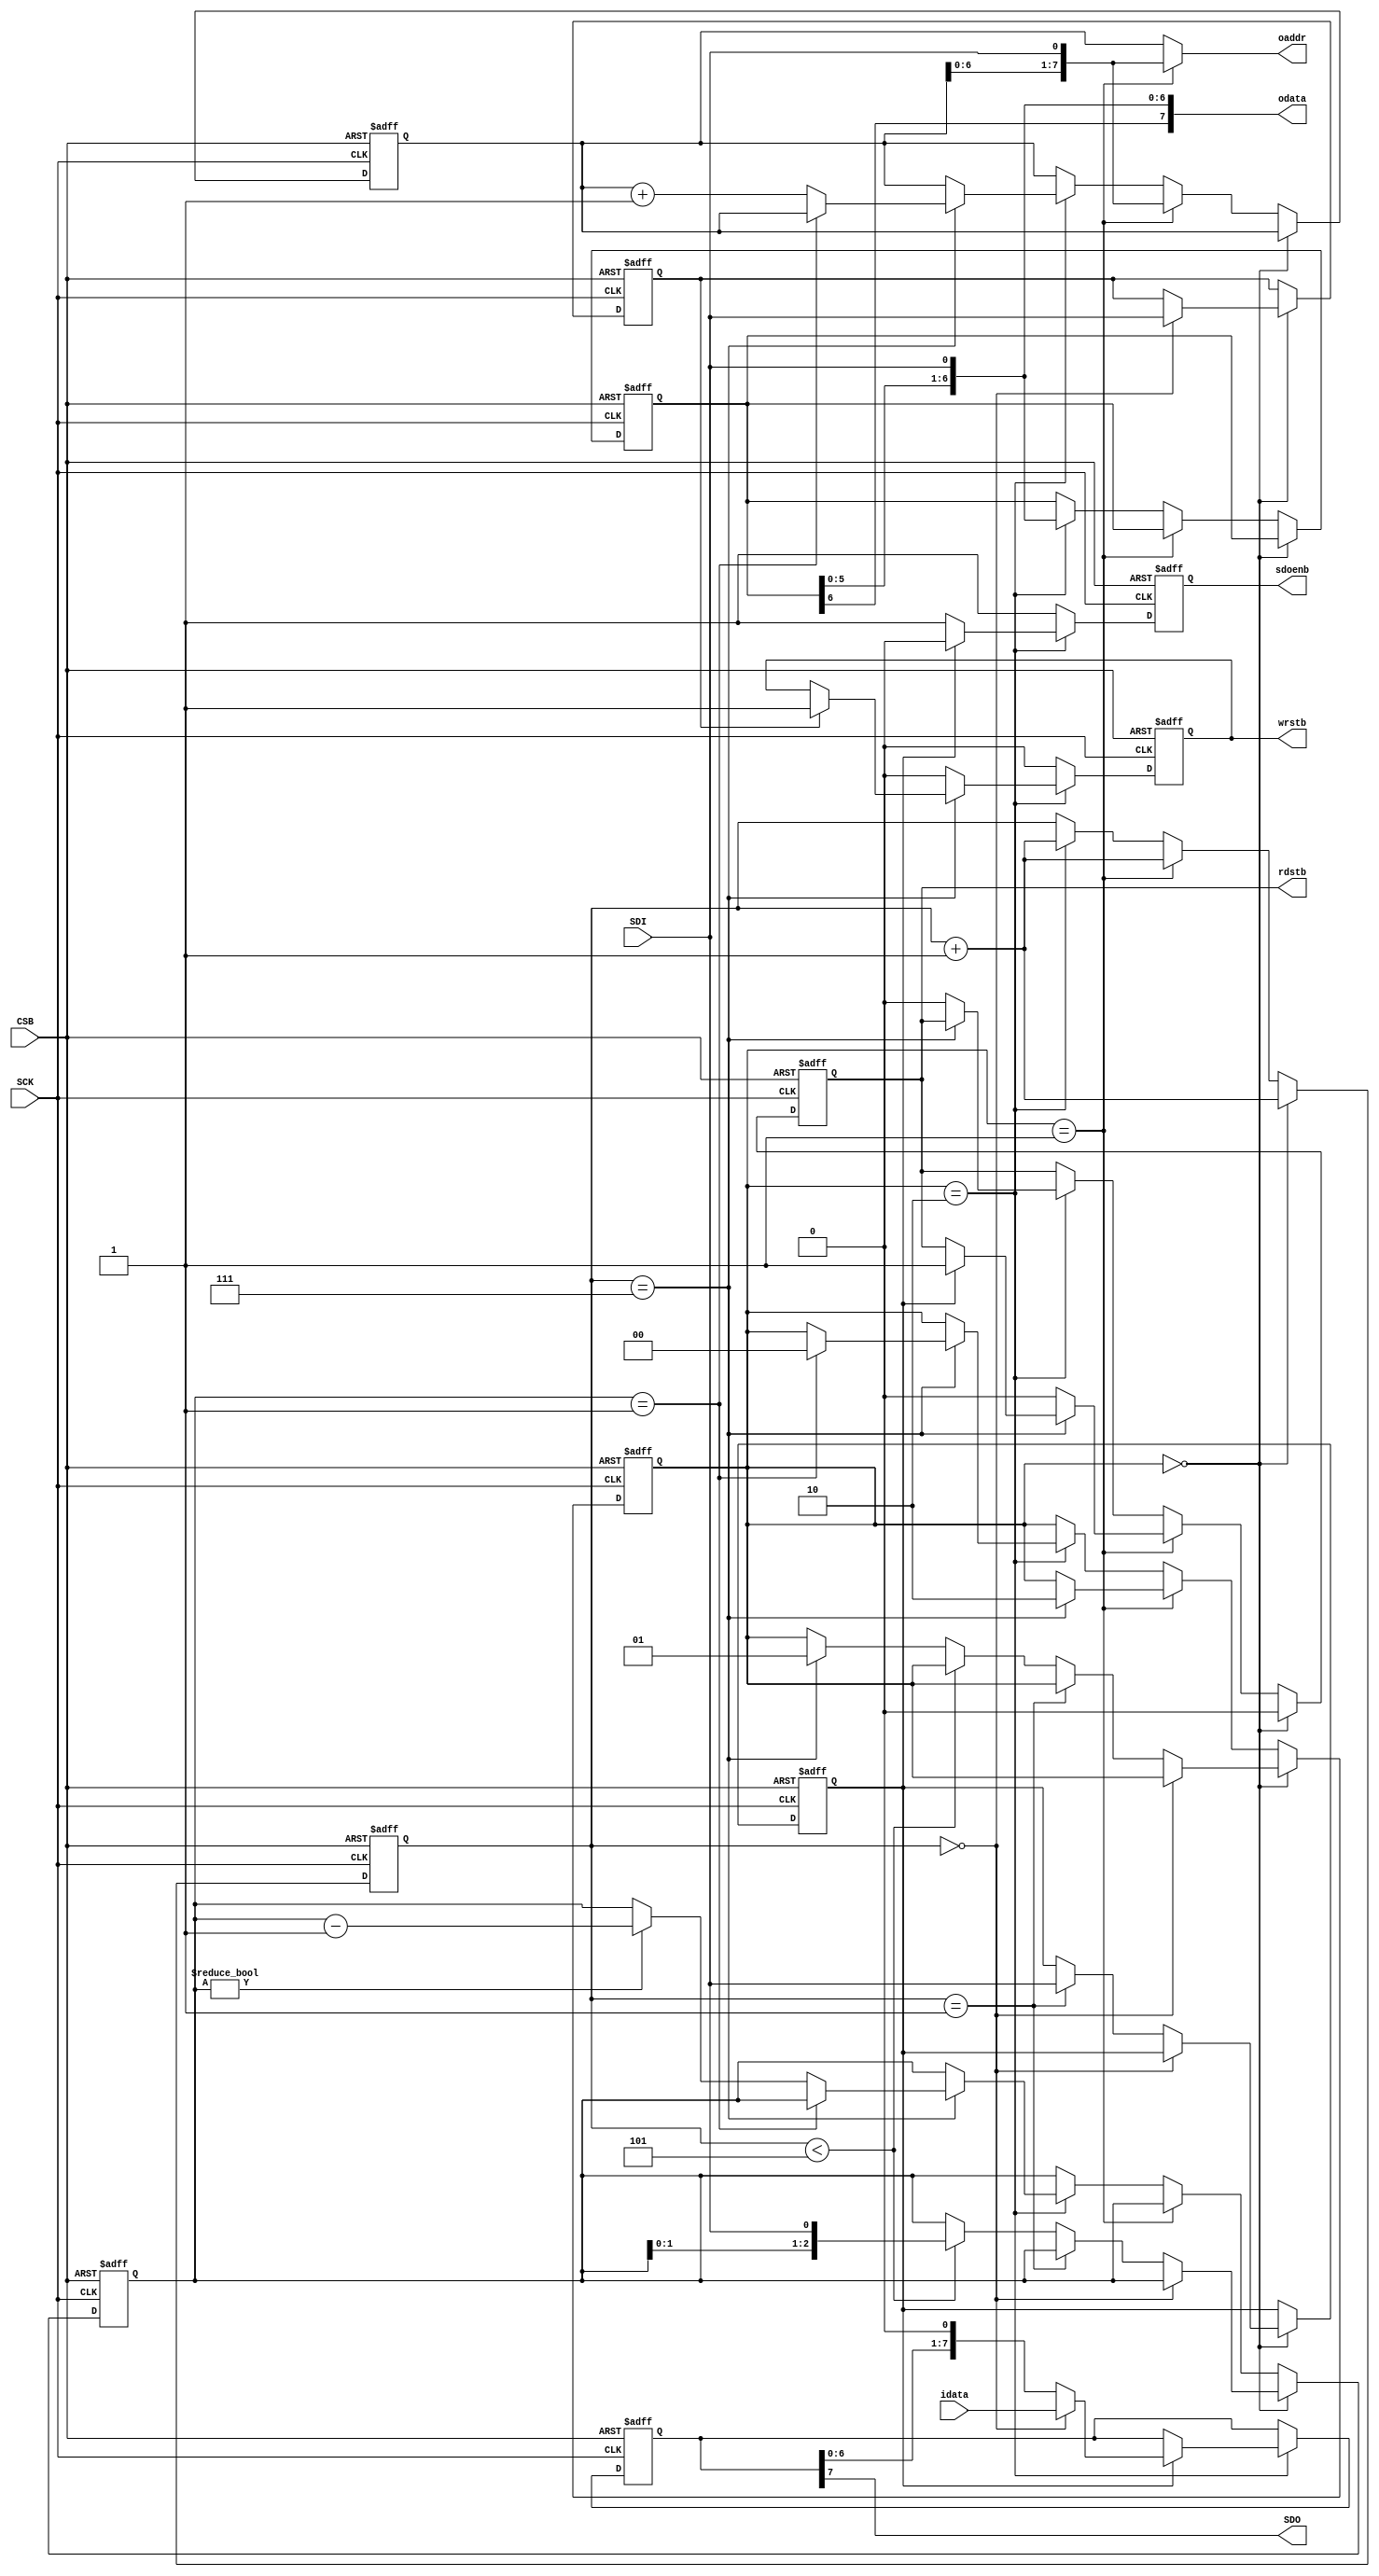
//------------------------------------------------
// spi_slave.v
//------------------------------------------------
// General purpose SPI slave module
//------------------------------------------------
// Written by Tim Edwards
// efabless, inc., april 23, 2017
//------------------------------------------------
// This file is distributed free and open source
//------------------------------------------------

// SCK ---   Clock input
// SDI ---   Data  input
// SDO ---   Data  output
// CSB ---   Chip  select (sense negative)
// idata --- Data from chip to transmit out, in 8 bits
// odata --- Input data to chip, in 8 bits
// addr  --- Decoded address to upstream circuits
// rdstb --- Read strobe, tells upstream circuit to supply next byte to idata
// wrstb --- Write strobe, tells upstream circuit to latch odata.

// Data format (general purpose):
// 8 bit format
// 1st byte:   Command word (see below)
// 2nd byte:   Address word (register 0 to 255)
// 3rd byte:   Data word    (value 0 to 255)

// Command format:
// 00000000  No operation
// 10000000  Write until CSB raised
// 01000000  Read  until CSB raised
// 11000000  Simultaneous read/write until CSB raised
// wrnnn000  Read/write as above, for nnn = 1 to 7 bytes, then terminate

// Lower three bits are reserved for future use.
// All serial bytes are read and written msb first.

// Fixed control and status registers

// Address 0 is reserved and contains flags for SPI mode.  This is
// currently undefined and is always value 0.
// Address 1 is reserved and contains manufacturer ID low 8 bits.
// Address 2 is reserved and contains manufacturer ID high 4 bits
// and mask revision number (4 bits).
// Address 3 is reserved and contains product ID (8 bits).
// Addresses 4 to 255 are available for general purpose use.

`define COMMAND  2'b00
`define ADDRESS  2'b01
`define DATA     2'b10
`define IDLE     2'b11	// Not used

module spi_slave(SCK, SDI, CSB, SDO, sdoenb, idata, odata, oaddr, rdstb, wrstb);
    input SCK;
    input SDI;
    input CSB;
    output SDO;
    output sdoenb;
    input [7:0] idata;
    output [7:0] odata;
    output [7:0] oaddr;
    output rdstb;
    output wrstb; 

    reg  [7:0]  addr;
    reg		wrstb;
    reg		rdstb;
    reg		sdoenb;
    reg  [1:0]  state;
    reg  [2:0]  count;
    reg		writemode;
    reg		readmode;
    reg  [2:0]	fixed;
    wire [7:0]  odata;
    reg  [6:0]  predata;
    wire [7:0]  oaddr;
    reg  [7:0]  ldata;

    assign odata = {predata, SDI};
    assign oaddr = (state == `ADDRESS) ? {addr[6:0], SDI} : addr;
    assign SDO = ldata[7];

    // Readback data is captured on the falling edge of SCK so that
    // it is guaranteed valid at the next rising edge.
    always @(negedge SCK or posedge CSB) begin
	if (CSB == 1'b1) begin
	    wrstb <= 1'b0;
	    ldata  <= 8'b00000000;
	    sdoenb <= 1'b1;
        end else begin

	    // After CSB low, 1st SCK starts command

	    if (state == `DATA) begin
		if (readmode == 1'b1) begin
		    sdoenb <= 1'b0;
		    if (count == 3'b000) begin
			ldata <= idata;
		    end else begin
			ldata <= {ldata[6:0], 1'b0};	// Shift out
		    end
		end else begin
		    sdoenb <= 1'b1;
		end

		// Apply write strobe on SCK negative edge on the next-to-last
		// data bit so that it updates data on the rising edge of SCK
		// on the last data bit.
 
		if (count == 3'b111) begin
		    if (writemode == 1'b1) begin
			wrstb <= 1'b1;
 		    end
		end else begin
		    wrstb <= 1'b0;
		end
	    end else begin
		wrstb <= 1'b0;
		sdoenb <= 1'b1;
	    end		// ! state `DATA
	end		// ! CSB
    end			// always @ ~SCK

    always @(posedge SCK or posedge CSB) begin
	if (CSB == 1'b1) begin
	    // Default state on reset
	    addr <= 8'h00;
	    rdstb <= 1'b0;
	    predata <= 7'b0000000;
	    state  <= `COMMAND;
	    count  <= 3'b000;
	    readmode <= 1'b0;
	    writemode <= 1'b0;
	    fixed <= 3'b000;
        end else begin
	    // After CSB low, 1st SCK starts command
	    if (state == `COMMAND) begin
		rdstb <= 1'b0;
		count <= count + 1;
		if (count == 3'b000) begin
		    writemode <= SDI;
		end else if (count == 3'b001) begin
		    readmode <= SDI;
		end else if (count < 3'b101) begin
		    fixed <= {fixed[1:0], SDI}; 
		end else if (count == 3'b111) begin
		    state <= `ADDRESS;
		end
	    end else if (state == `ADDRESS) begin
		count <= count + 1;
		addr <= {addr[6:0], SDI};
		if (count == 3'b111) begin
		    if (readmode == 1'b1) begin
			rdstb <= 1'b1;
		    end
		    state <= `DATA;
		end else begin
		    rdstb <= 1'b0;
		end
	    end else if (state == `DATA) begin
		predata <= {predata[6:0], SDI};
		count <= count + 1;
		if (count == 3'b111) begin
		    if (fixed == 3'b001) begin
			state <= `COMMAND;
		    end else if (fixed != 3'b000) begin
			fixed <= fixed - 1;
			addr <= addr + 1;	// Auto increment address (fixed)
		    end else begin	
			addr <= addr + 1;	// Auto increment address (streaming)
		    end
		end else begin
		    rdstb <= 1'b0;
		end
	    end		// ! state `DATA
	end		// ! CSB
    end			// always @ SCK

endmodule // spi_slave